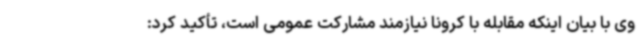
وی با بیان اینکه مقابله با کرونا نیازمند مشارکت عمومی است، تأکید کرد: